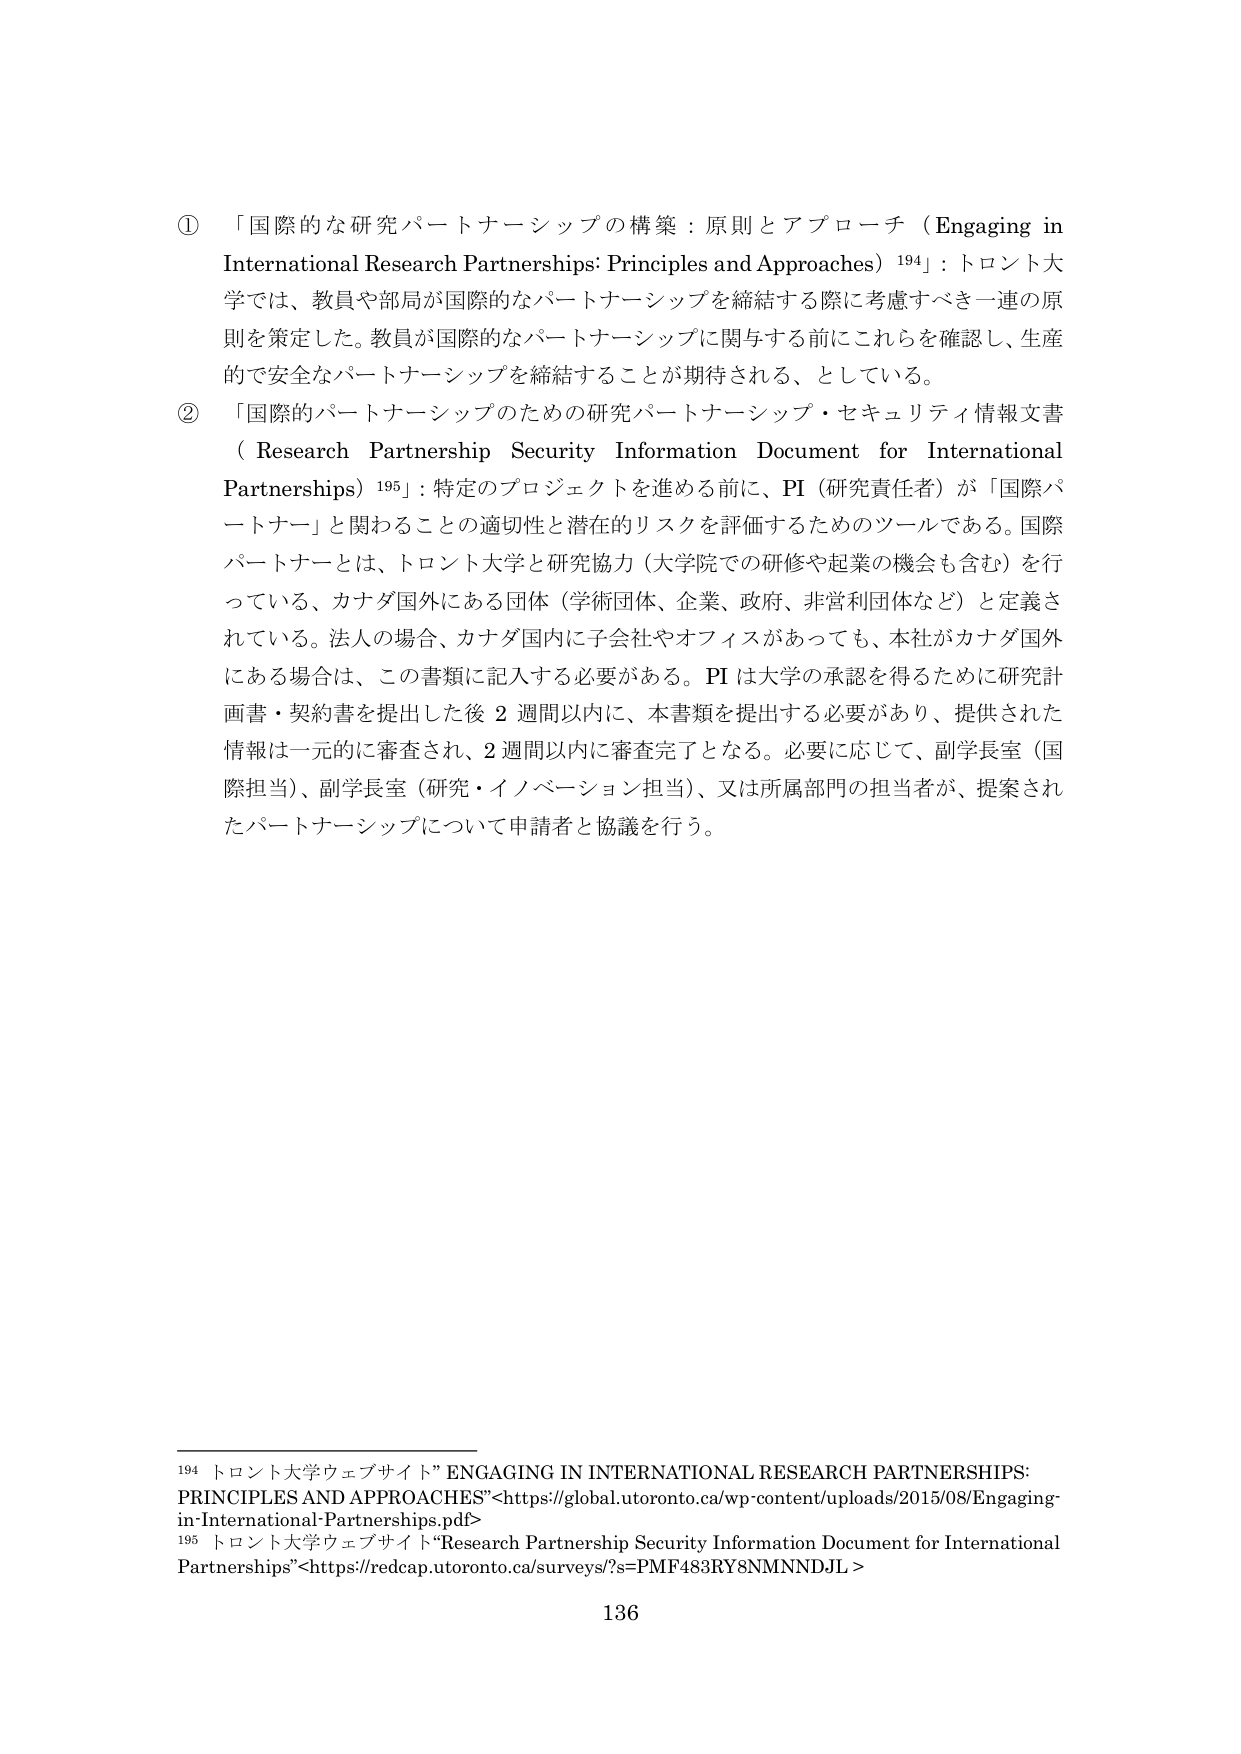
① 「国際的な研究パートナーシップの構築：原則とアプローチ（Engaging in International Research Partnerships: Principles and Approaches）¹⁹⁴」：トロント大学では、教員や部局が国際的なパートナーシップを締結する際に考慮すべき一連の原則を策定した。教員が国際的なパートナーシップに関与する前にこれらを確認し、生産的で安全なパートナーシップを締結することが期待される、としている。

② 「国際的パートナーシップのための研究パートナーシップ・セキュリティ情報文書（Research Partnership Security Information Document for International Partnerships）¹⁹⁵」：特定のプロジェクトを進める前に、PI（研究責任者）が「国際パートナー」と関わることの適切性と潜在的リスクを評価するためのツールである。国際パートナーとは、トロント大学と研究協力（大学院での研修や起業の機会も含む）を行っている、カナダ国外にある団体（学術団体、企業、政府、非営利団体など）と定義されている。法人の場合、カナダ国内に子会社やオフィスがあっても、本社がカナダ国外にある場合は、この書類に記入する必要がある。PIは大学の承認を得るために研究計画書・契約書を提出した後2週間以内に、本書類を提出する必要があり、提供された情報は一元的に審査され、2週間以内に審査完了となる。必要に応じて、副学長室（国際担当）、副学長室（研究・イノベーション担当）、又は所属部門の担当者が、提案されたパートナーシップについて申請者と協議を行う。

¹⁹⁴ トロント大学ウェブサイト”ENGAGING IN INTERNATIONAL RESEARCH PARTNERSHIPS: PRINCIPLES AND APPROACHES”<https://global.utoronto.ca/wp-content/uploads/2015/08/Engaging-in-International-Partnerships.pdf>

¹⁹⁵ トロント大学ウェブサイト“Research Partnership Security Information Document for International Partnerships”<https://redcap.utoronto.ca/surveys/?s=PMF483RY8NMNNDJL>

136